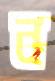
ন